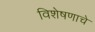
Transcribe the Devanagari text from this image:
विशेषणाचे